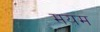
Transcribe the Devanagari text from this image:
मयम